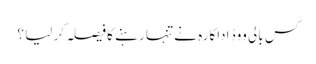
کس بالی ووڈ اداکارہ نے تنہا رہنے کا فیصلہ کر لیا ؟